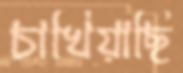
চাখিয়াছি